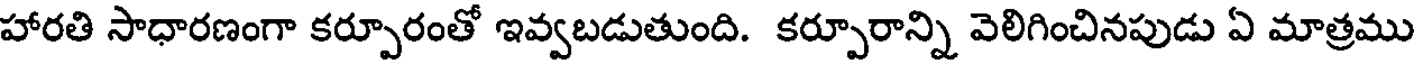
హారతి సాధారణంగా కర్పూరంతో ఇవ్వబడుతుంది. కర్పూరాన్ని వెలిగించినపుడు ఏ మాత్రము